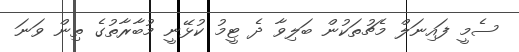
ސެމީ ފައިނަލް މެޗުތަކުން ބަލިވާ ދެ ޓީމު ކުޅޭނީ މުބާރާތުގެ ތިން ވަނަ